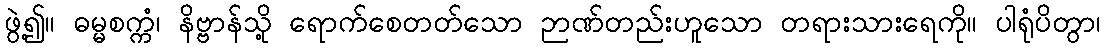
ဖွဲ့၍။ ဓမ္မစက္ကံ၊ နိဗ္ဗာန်သို့ ရောက်စေတတ်သော ဉာဏ်တည်းဟူသော တရားသားရေကို။ ပါရုံပိတွာ၊